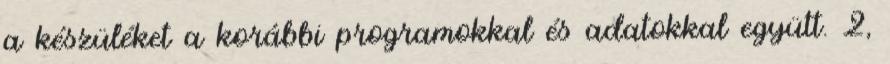
a készüléket a korábbi programokkal és adatokkal együtt. 2,